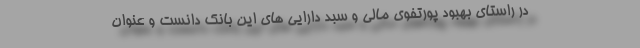
در راستای بهبود پورتفوی مالی و سبد دارایی های این بانک دانست و عنوان